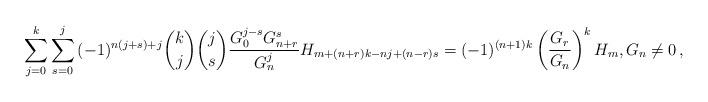
LaTeX: \begin{align*}\sum_{j = 0}^k {\sum_{s = 0}^j {( - 1)^{n(j + s) + j} \binom kj\binom js\frac{{G_0 ^{j - s} G_{n + r} ^s }}{{G_n ^j }}H_{m + (n + r)k - nj + (n - r)s} } } = ( - 1)^{(n + 1)k} \left( {\frac{{G_r }}{{G_n }}} \right)^k H_m,G_n\ne 0\,, \end{align*}